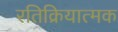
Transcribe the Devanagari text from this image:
रतिक्रियात्मक